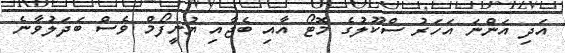
އަދި އަންނަ އަހަރު ސްކޫލުގެ މޮޓޯ އާއި ބެޖާއި ޔުނީފޯމް ވެސް ބަދަލުވާނެ